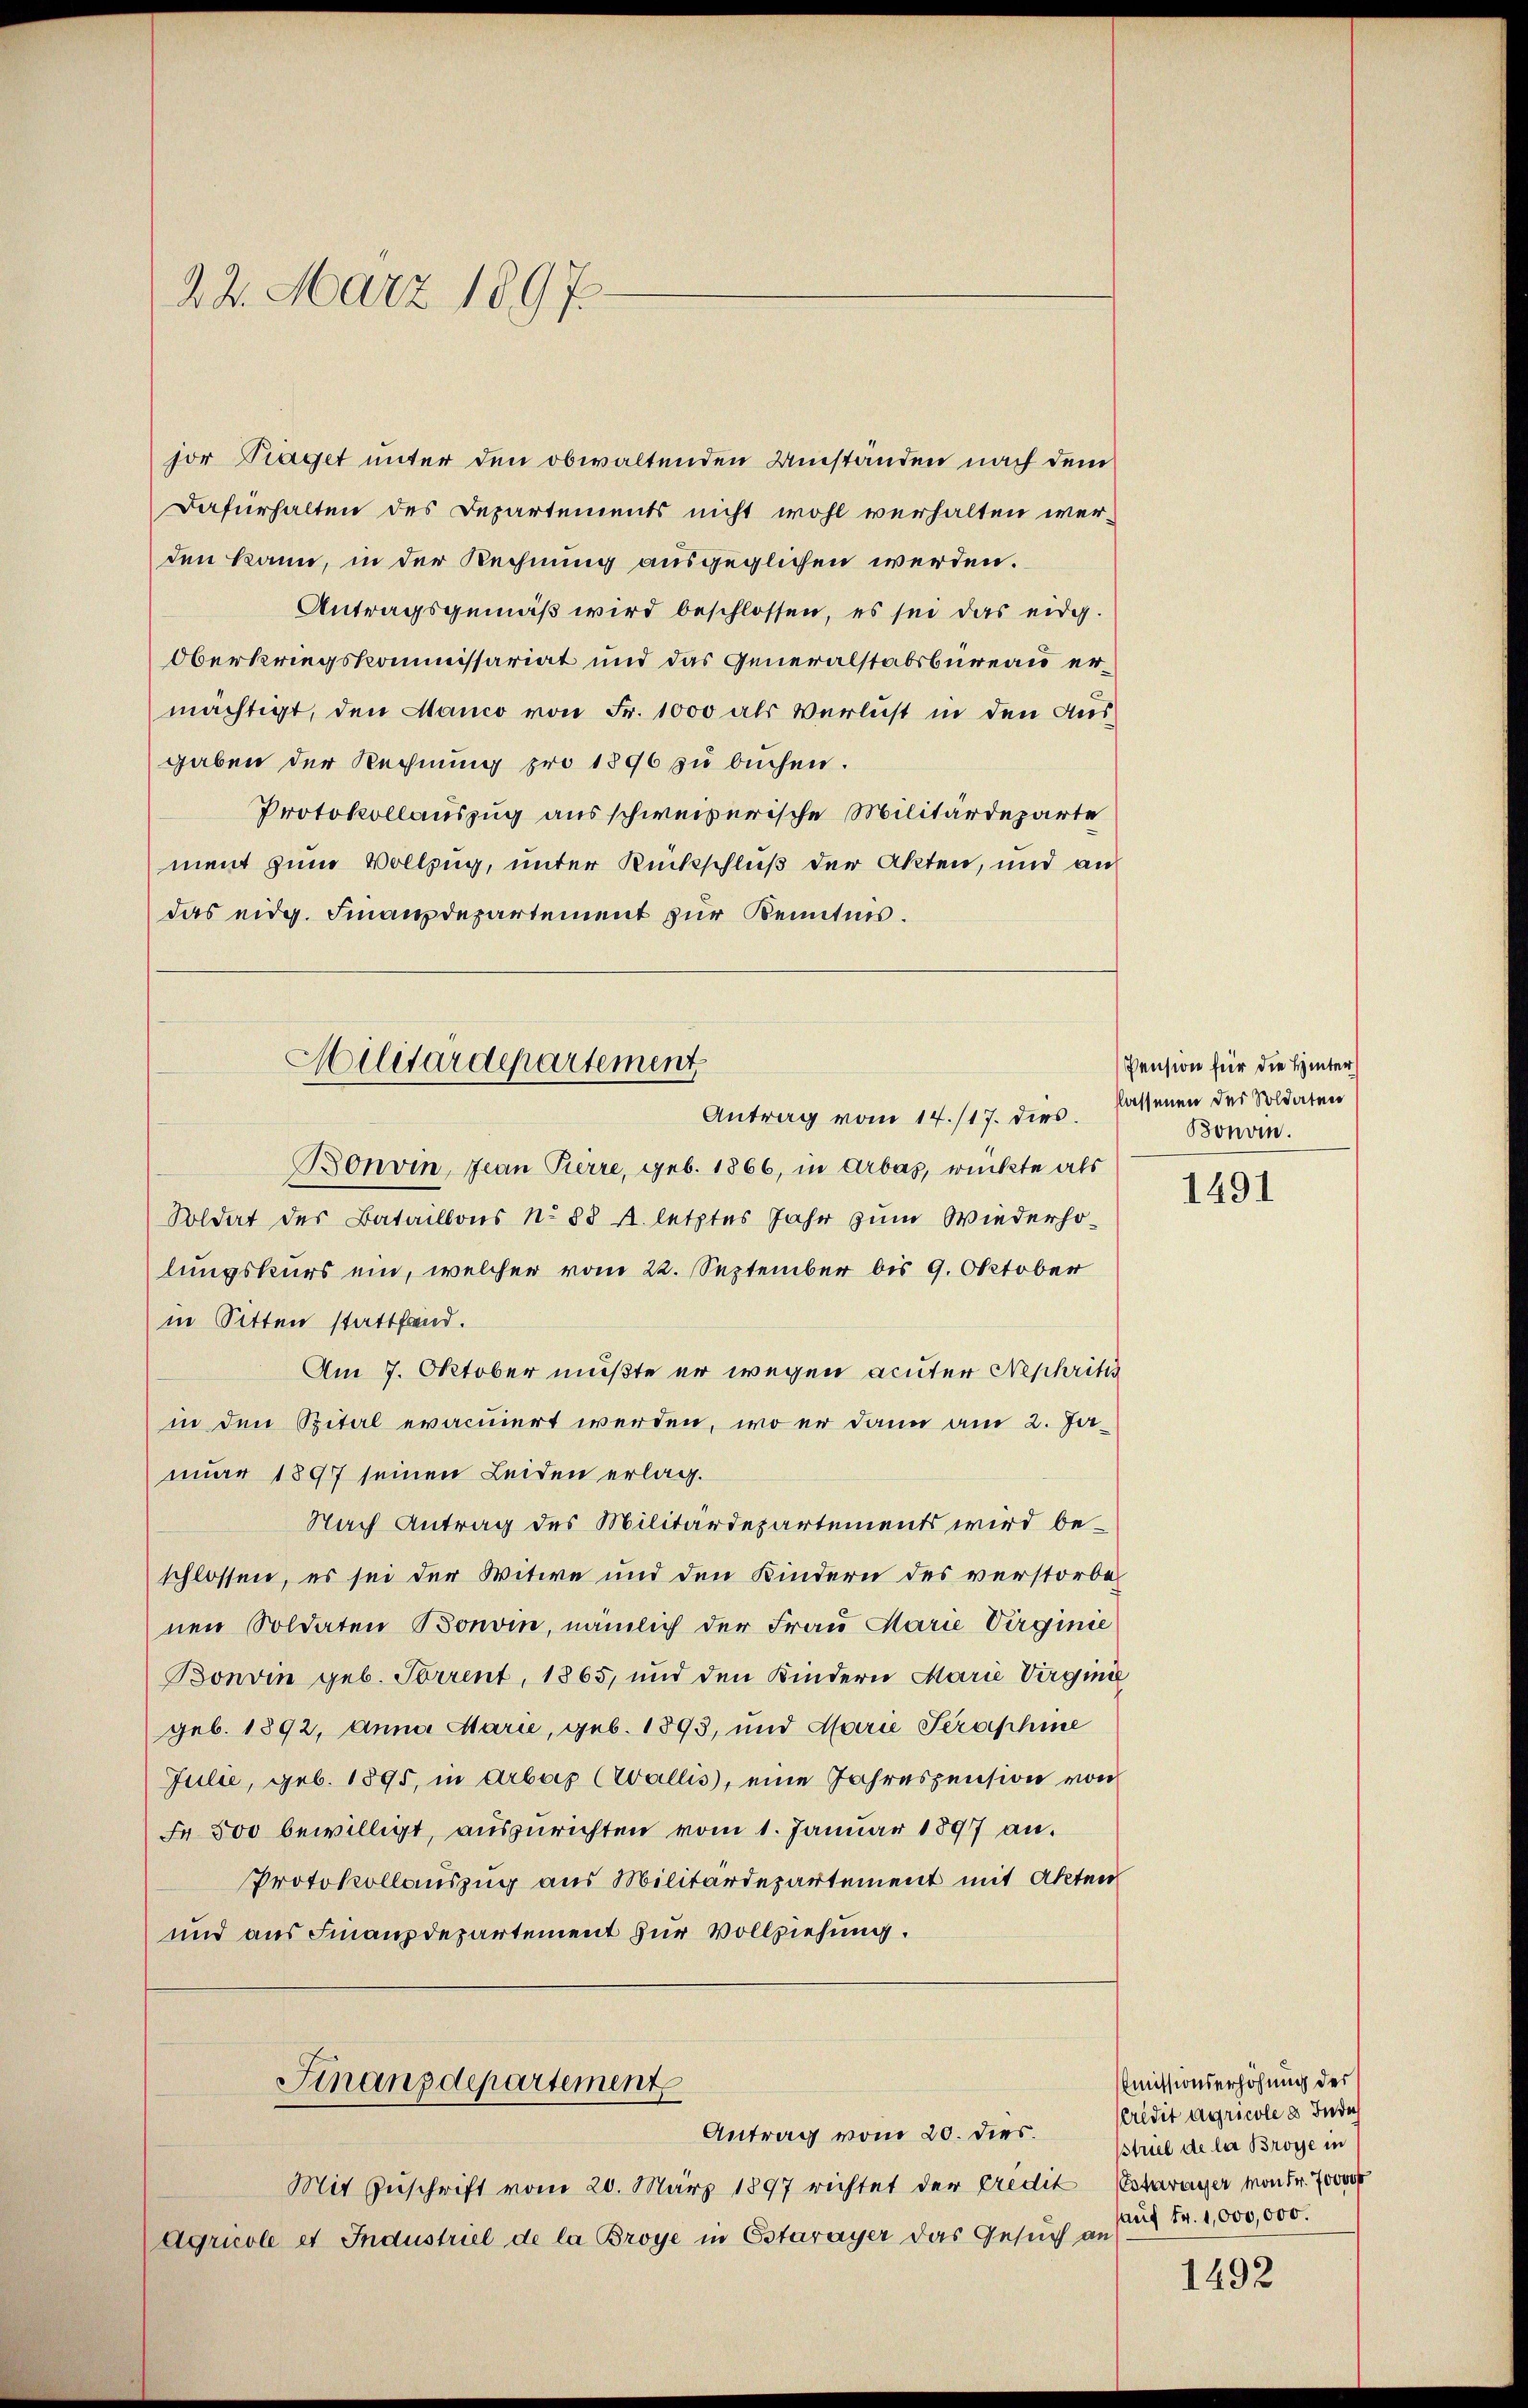
22. März 1897.

den kann, in der Rechnung ausgeglichen werden.
Oberkriegskommissariat und das Generalstabsbureau ermächtigt, den Manco von Fr. 1000 als Verlust in den Ausgaben der Rechnung pro 1896 zu buchen.
ment zum Vollzug, unter Rückschluß der Akten, und an
das eidg. Finanzdepartement zur Kenntnis.

Militärdepartement
Antrag vom 14./17. dies

Bonvin, Jean Pierre, geb. 1866, in Arbas, rückte als
Soldat des Bataillons No 88 Al. letztes Jahr zum Wiederholungskurs ein, welcher vom 22. September bis 9. Oktober
in Sitten stattfand.
Am 7. Oktober müßte er wegen acuter Nephritts
in den Spital evaciert werden, wo er dann am 2. Januar 1897 seinen Leiden erlag.
Nach Antrag des Militärdepartements wird beschlossen, es sei der Witwe und den Kindern des verstorbenen Soldaten Bonvin, nämlich der Frau Marie Virginie
Bonvin geb. Forrent, 1865, und den Kindern Marie Virginie
geb. 1892, Anna Marie, geb. 1893, und Marie Straphine
Julie, geb. 1895, in Arbas (Wallis, eine Jahreszension von
Fr. 500 bewilligt, auszurichten vom 1. Januar 1897 an.
Protokollauszug aus Militärdepartement mit Akten
und aus Finanzdepartement zur Vollziehung.
Finanzdepartement
Antrag vom 20. dies.

jor Traget unter den obwaltenden Umständen nach dem
Dafürhalten des Departements nicht wohl verhalten wer¬
Antragsgemäß wird beschlossen, es sei das eidg.
Protokollauszug ausschweizerische Militärdeparte

Mit Zuschrift vom 20. März 1897 richtet der Credit
Agricole es Industriel de la Broye in Estavayer das Gesuch an

Pension für die Hinter
hlassenen der Soldaten
Bonoin.

1491

Emissionserhöhung des
Credit agricole 8 Inde
striel de les Brosse in
Estavayer von Fr. 700000
auf Fr. 1,000,000.

1492